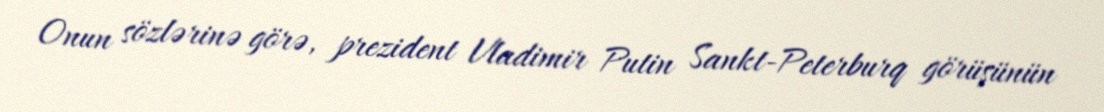
Onun sözlərinə görə, prezident Vladimir Putin Sankt-Peterburq görüşünün